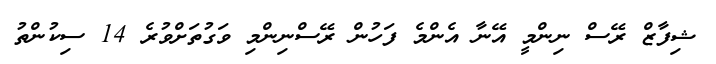
ޝިފާޒް ރޭސް ނިންމީ އޭނާ އެންމެ ފަހުން ރޭސްނިންމި ވަގުތަށްވުރެ 14 ސިކުންތު